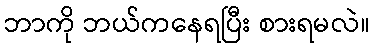
ဘာကို ဘယ်ကနေရပြီး စားရမလဲ။